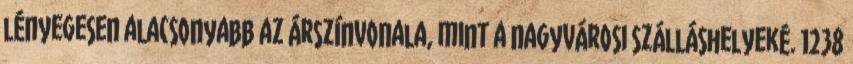
lényegesen alacsonyabb az árszínvonala, mint a nagyvárosi szálláshelyeké. 1238